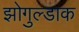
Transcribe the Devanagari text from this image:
झोगुल्डाक